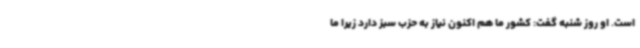
است. او روز شنبه گفت: کشور ما هم اکنون نیاز به حزب سبز دارد زیرا ما